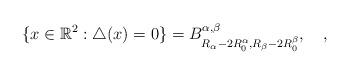
LaTeX: \begin{align*}\{ x \in {\Bbb R^2} : \triangle(x) = 0 \}= B^{\alpha,\beta}_{R_\alpha -2R_0^\alpha, R_\beta -2R_0^\beta},\quad,\end{align*}